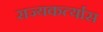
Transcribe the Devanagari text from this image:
राज्यकर्त्यास